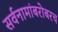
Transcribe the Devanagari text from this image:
सर्वनामांबरोबरच